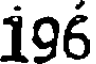
196